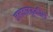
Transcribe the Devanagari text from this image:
जलवाहतुकीस